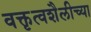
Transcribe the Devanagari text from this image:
वक्तृत्वशैलीच्या